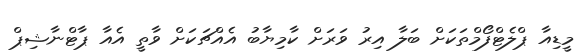
މީޑިއާ ޕްލެޓްފޯމްތަކަށް ބަލާ އިރު ވަރަށް ކާމިޔާބު އެއްޗަކަށް ވާތީ އެއާ ޕާޓްނާޝިޕް